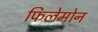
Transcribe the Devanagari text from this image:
फिलेमोन